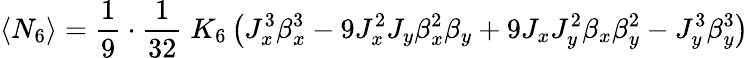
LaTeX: \langle N_{6}\rangle=\frac{1}{9}\cdot\frac{1}{32}\; K_{6}\left(J_{x}^{3}\beta_{x}^{3}-9J_{x}^{2}J_{y}\beta_{x}^{2}\beta_{y}+9J_{x}J_{y}^{2}\beta_{x}\beta_{y}^{2}-J_{y}^{3}\beta_{y}^{3}\right)